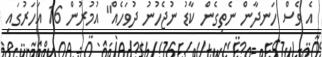
އެ ވެސް ހަނދާން ނެތިގެން ކާޑު ނުޖެހުނު ދުވަހެއް" އުމުރުން 16 އަހަރުގައި